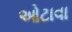
ઓટાવા